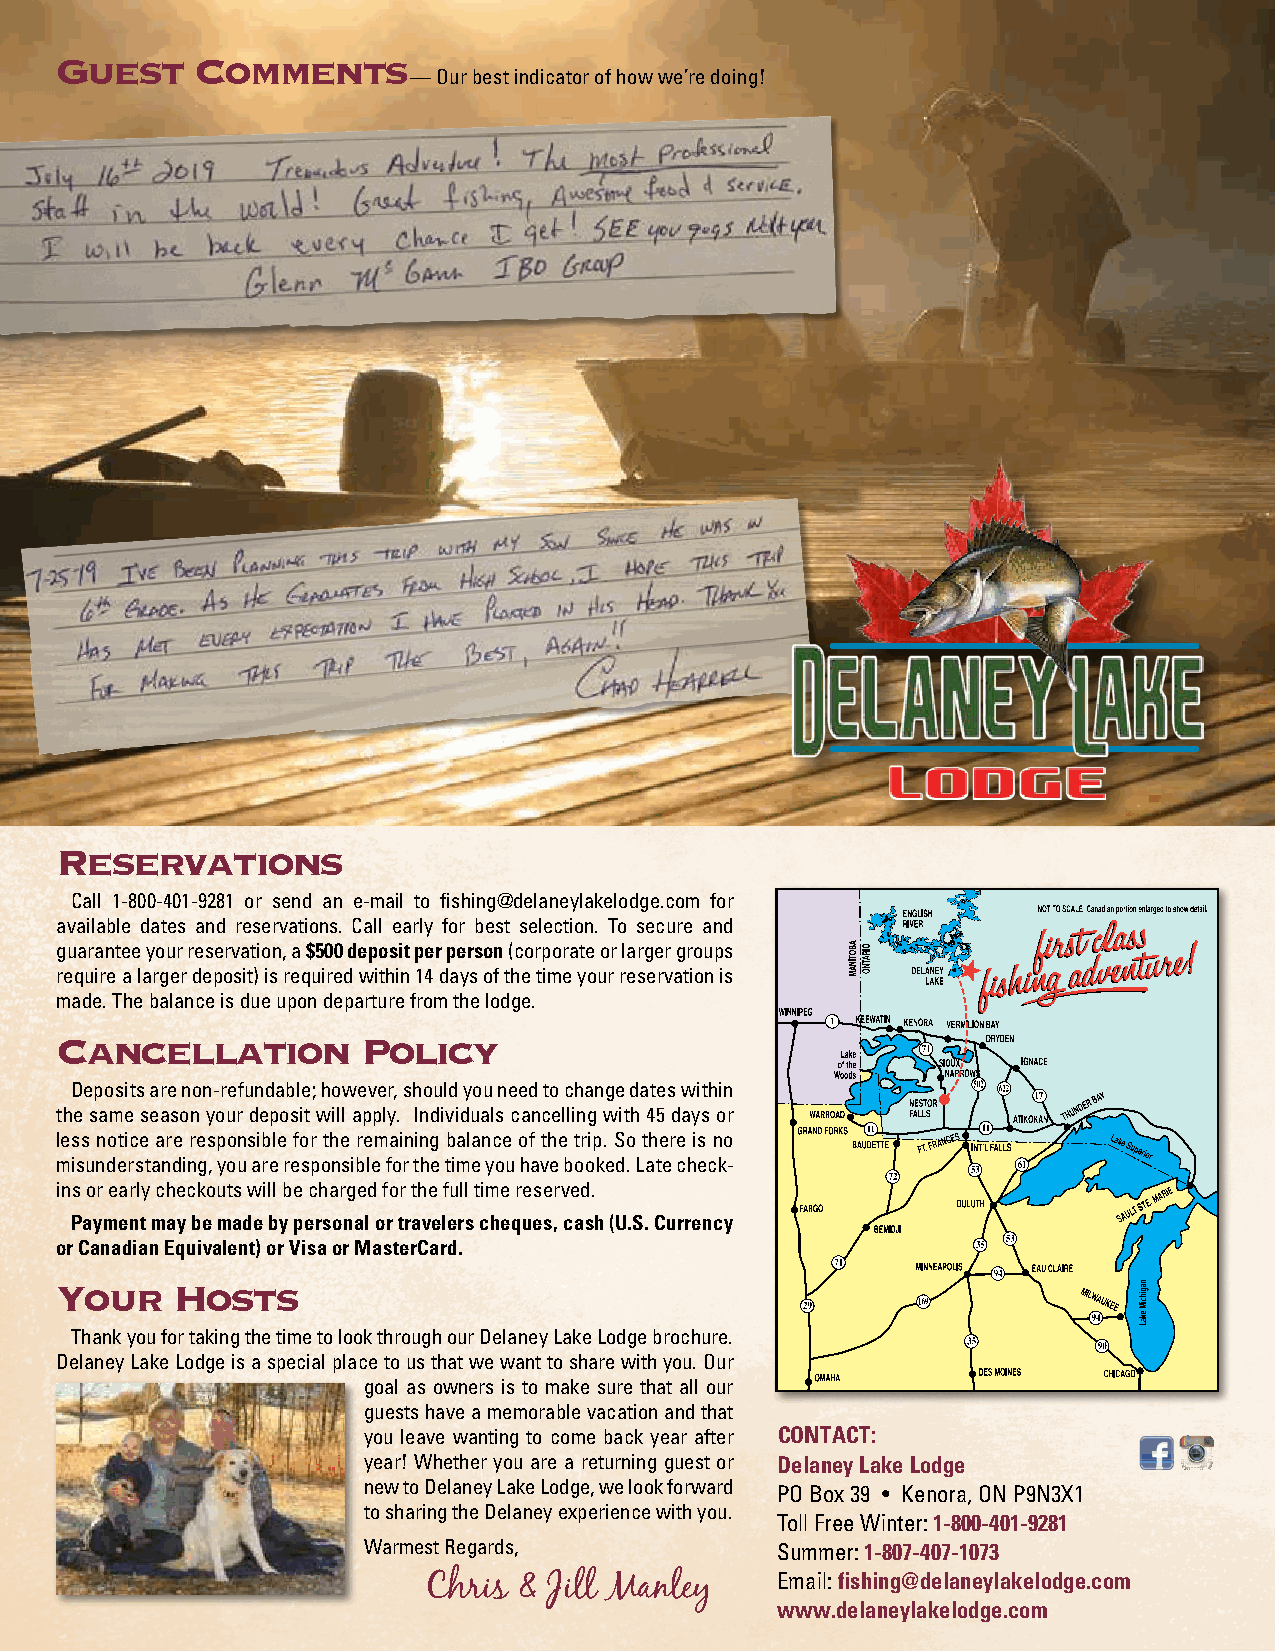
Guest    Comments
 — Our best indicator of how we’re doing!
 Reservations
 Call 1-800-401-9281 or send an e-mail to fishing@delaneylakelodge.com for
 available dates and reservations. Call early for best selection. To secure and
 guarantee your reservation, a $500 deposit per person (corporate or larger groups
 require a larger deposit) is required within 14 days of the time your reservation is
 made. The balance is due upon departure from the lodge.
 Cancellation        Policy
 Deposits are non-refundable; however, should you need to change dates within
 the same season your deposit will apply. Individuals cancelling with 45 days or
 less notice are responsible for the remaining balance of the trip. So there is no
 misunderstanding, you are responsible for the time you have booked. Late check-
 ins or early checkouts will be charged for the full time reserved.
 Payment may be made by personal or travelers cheques, cash (U.S. Currency
 or Canadian Equivalent) or Visa or MasterCard.
 Your   Hosts
 Thank you for taking the time to look through our Delaney Lake Lodge brochure.
 Delaney Lake Lodge is a special place to us that we want to share with you. Our
 goal as owners is to make sure that all our
 guests have a memorable vacation and that
 you leave wanting to come back year after CONTACT:
 year! Whether you are a returning guest or Delaney Lake Lodge
 new to Delaney Lake Lodge, we look forward
 PO Box 39 • Kenora, ON P9N3X1
 to sharing the Delaney experience with you.
 Toll Free Winter: 1-800-401-9281
 Warmest Regards,           Summer: 1-807-407-1073
 Email: fishing@delaneylakelodge.com
 Chris & Jill Manley
 www.delaneylakelodge.com